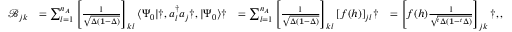
\begin{array} { r l r l } { \mathcal { B } _ { j k } } & { = \sum _ { l = 1 } ^ { n _ { A } } \left[ \frac { 1 } { \sqrt { \Delta ( \mathbf { 1 } - \Delta ) } } \right] _ { k l } \langle \Psi _ { 0 } | \dag , a _ { l } ^ { \dagger } a _ { j } \dag , | \Psi _ { 0 } \rangle \dag } & { = \sum _ { l = 1 } ^ { n _ { A } } \left[ \frac { 1 } { \sqrt { \Delta ( \mathbf { 1 } - \Delta ) } } \right] _ { k l } [ f ( h ) ] _ { j l } \dag } & { = \left[ f ( h ) \frac { 1 } { \sqrt { ^ t \Delta ( \mathbf { 1 } - ^ { t } \Delta ) } } \right] _ { j k } \dag , , } \end{array}